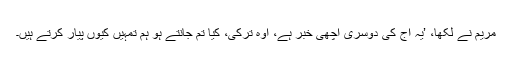
مریم نے لکھا، ’یہ آج کی دوسری اچھی خبر ہے، اوہ ترکی، کیا تم جانتے ہو ہم تمہیں کیوں پیار کرتے ہیں۔